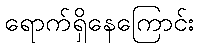
ရောက်ရှိနေကြောင်း